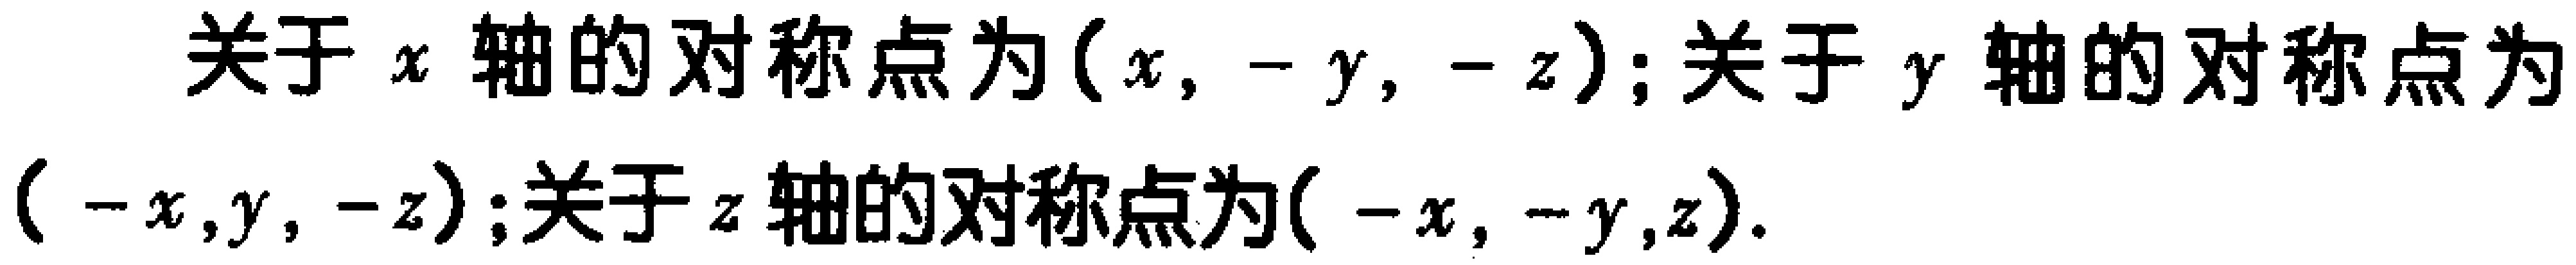
关于 \(x\) 轴的对称点为\((x, -y, -z)\); 关于 \(y\) 轴的对称点为\((-x,y, -z)\);关于 \(z\) 轴的对称点为\((-x, -y,z)\).